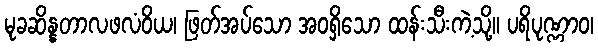
မုခဆိန္နတာလဖလံဝိယ၊ ဖြတ်အပ်သော အဝရှိသော ထန်းသီးကဲ့သို့။ ပရိပုဏ္ဏာဝ၊